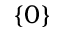
\{ 0 \}